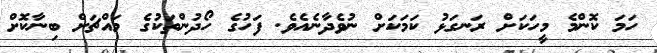
ހަމަ ކޮންމެ މީހަކަށް ރަނގަޅު ކަމަކަށް ނުވެދާނެއެވެ. ފަހުގެ ހޯދުންތަކުގެ މައްޗަށް ބިނާކޮށް